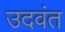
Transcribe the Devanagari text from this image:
उदवंत